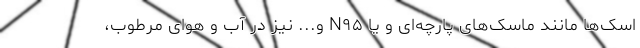
اسک‌ها مانند ماسک‌های پارچه‌ای و یا N۹۵ و... نیز در آب و هوای مرطوب،